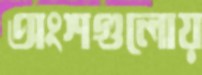
অংশগুলোয়